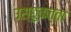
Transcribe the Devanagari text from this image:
उस्छुकत्ता